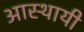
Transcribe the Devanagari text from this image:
आस्थायी